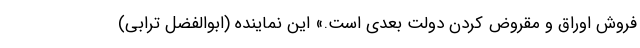
فروش اوراق و مقروض کردن دولت بعدی است.» این نماینده (ابوالفضل ترابی)